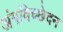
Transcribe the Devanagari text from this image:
अंगविच्छेदन